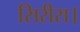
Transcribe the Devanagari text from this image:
सिरीस।